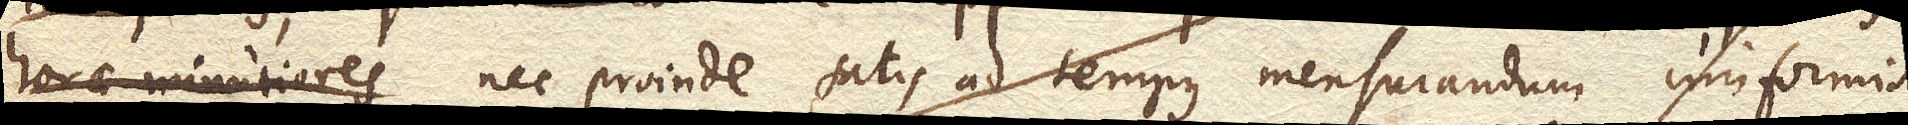
horae minutiores nec proinde satis ad tempus mensurandum uniformis